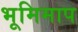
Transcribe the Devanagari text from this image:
भूमिमाप